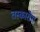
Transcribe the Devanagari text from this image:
तस्कारोरा